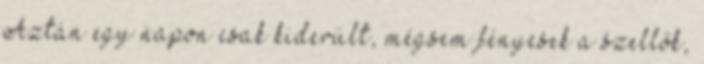
Aztán egy napon csak kiderült, mégsem fényesek a szellők,